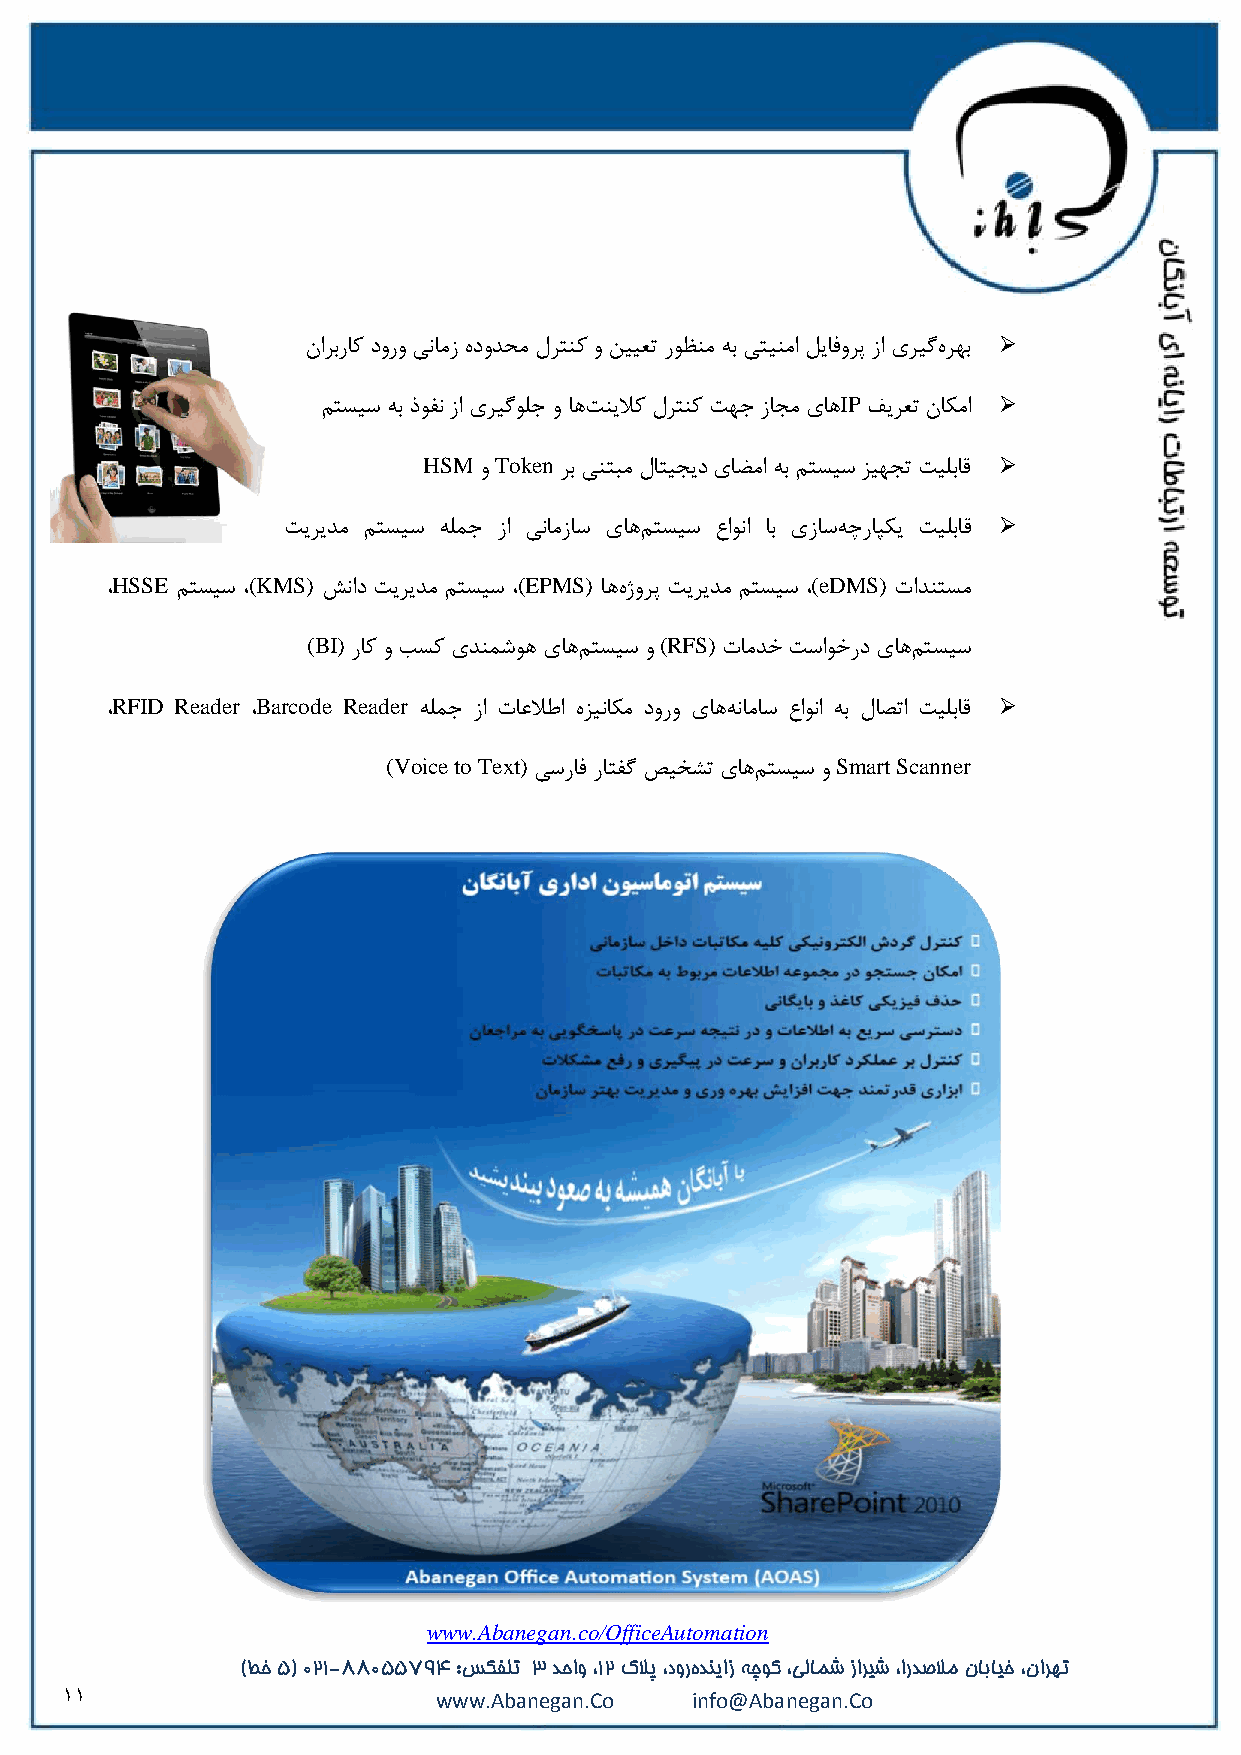
ىاشثسبو دٍسٍ یًبهص ُدٍذحه لشتٌو ٍ يییؼت سَظٌه ِث یتیٌها لیبفٍشپ صا یشیگُ شْث 
 نتؼیػ ِث رَفً صا یشیگَلج ٍ بّتٌیلاو لشتٌو تْج صبجه یبّIP فیشؼت ىب ىها 
 HSM ٍ Token شث یٌتجه لبتیجید یبضها ِث نتؼیػ ضیْجت تی لثبل 
 تیشیذه نتؼیػ ِلوج صا یًبهصبػ یبّنتؼیػ عاًَا بث یصبػِچسبپىی تی لثبل 
 ،HSSE نتؼیػ ،(KMS) ؾًاد تیشیذه نتؼیػ ،(EPMS) بُّطٍشپ تیشیذه نتؼیػ ،(eDMS) تاذٌتؼه
 (BI) سبو ٍ تؼو یذٌوؿَّ یبّنتؼیػ ٍ (RFS) تبهذخ تػاَخسد یبّنتؼیػ
 ،RFID Reader ،Barcode Reader ِلوج صا تبػلاعا ُضیًبىه دٍسٍ یبًِّبهبػ عاًَا ِث لبلتا تی لثبل 
 (Voice to Text) یػسبف سبتفگ قیخـت یبّنتؼیػ ٍ Smart Scanner
 www.Abanegan.co/OfficeAutomation
 )طخ 5( 712-99755088 :سکفلت 3 دحاو ،21 کلاپ ،دورهدنیاز هچوک ،یلامش زاریش ،اردصلام نابایخ ،نارهت
 11                       www.Abanegan.Co  info@Abanegan.Co